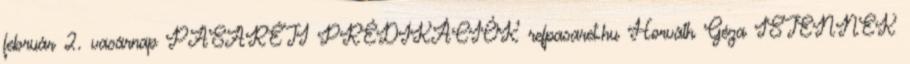
február 2. vasárnap PASARÉTI PRÉDIKÁCIÓK refpasaret.hu Horváth Géza ISTENNEK